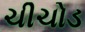
ચીચોડ